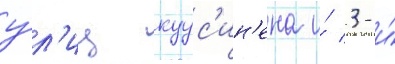
у́л'иц куус'ин'ена и́ 3-и́